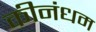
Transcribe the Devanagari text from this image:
कीनंधम